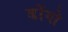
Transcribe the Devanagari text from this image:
डोंगो